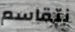
نتقاسم